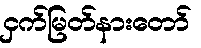
ငှက်မြတ်နားတော်